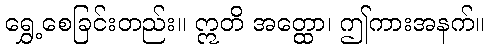
ရွှေ့စေခြင်းတည်း။ ဣတိ အတ္ထော၊ ဤကားအနက်။